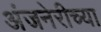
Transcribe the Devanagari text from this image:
अंजनेरीच्या